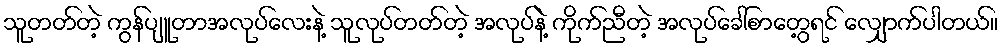
သူတတ်တဲ့ ကွန်ပျူတာအလုပ်လေးနဲ့ သူလုပ်တတ်တဲ့ အလုပ်နဲ့ ကိုက်ညီတဲ့ အလုပ်ခေါ်စာတွေ့ရင် လျှောက်ပါတယ်။